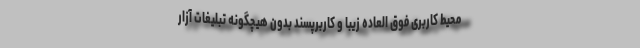
محیط کاربری فوق العاده زیبا و کاربرپسند بدون هیچگونه تبلیغات آزار